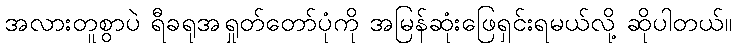
အလားတူစွာပဲ ရီခရုအရှုတ်တော်ပုံကို အမြန်ဆုံးဖြေရှင်းရမယ်လို့ ဆိုပါတယ်။